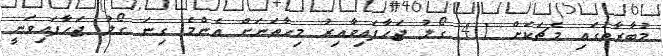
މުބާރާތުގައި މެޗަކަށް 4.1 ގޯލު ޖަހާފައިވާއިރު މިހާތަނަށް އެންމެ ގިނަ ގޯލު ޖަހާފައިވަނީ